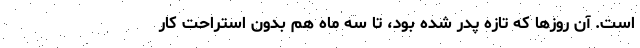
است. آن روزها كه تازه پدر شده بود، تا سه ماه هم بدون استراحت كار